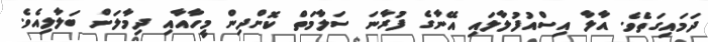
ދަމައިގަތެވެ. އާލާ އިސްއުފުލާލައި އޭނާގެ ފުރާނަ ސަލާމަތް ކޮށްދިން މީހާއާއި ދިމާލަށް ބަލާލިއެވެ.